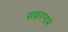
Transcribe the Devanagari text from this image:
सफ़रनामे